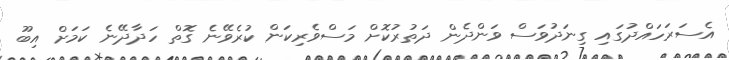
އެސަރަހައްދުގައި ގިނަދުވަސް ވަންދެން ދަތުރުކޮށް މަސްވެރިކަން ކުރެވޭނެ ގޮތް ހަދާދޭނެ ކަމަށް އިބޫ